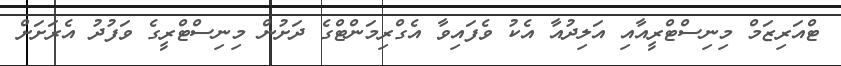
ޓްއަރިޒަމް މިނިސްޓްރީއާއި އަލިދުއާ އެކު ވެފައިވާ އެގްރިމަންޓްގެ ދަށުން މިނިސްޓްރީގެ ވަފުދު އެރަށަށް